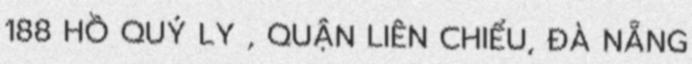
188 HỒ QUÝ LY , QUẬN LIÊN CHIỂU, ĐÀ NẴNG